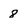
Character: 8